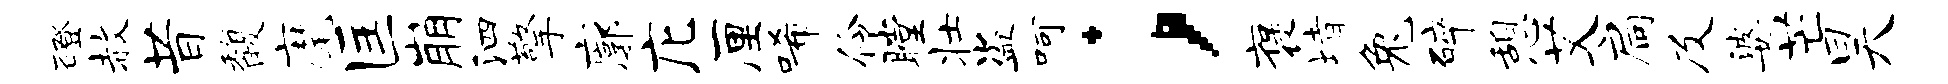
磴赦昔馥麾匡崩泗擎廓庀厘唏伶瞠壮盗呵；褒堵兔碎憩艾扃及婆芒昊